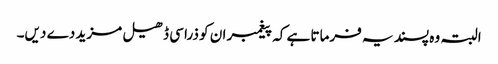
البتہ وہ پسند یہ فرماتا ہے کہ پیغمبر ان کو ذرا سی ڈھیل مزید دے دیں۔